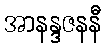
အာနန္ဒဇနနီ